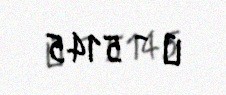
№ - 5145